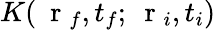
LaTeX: K(\mathrm{~\mathbf~r~}_{f},t_{f};\mathrm{~\mathbf~r~}_{i},t_{i})